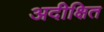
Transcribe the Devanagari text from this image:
अदीक्षित